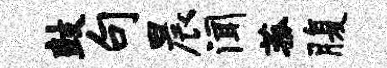
鼓句晨闻菰腹